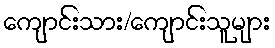
ကျောင်းသား/ကျောင်းသူများ